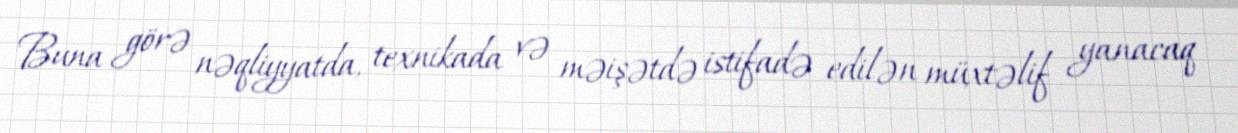
Buna görə nəqliyyatda, texnikada və məişətdə istifadə edilən müxtəlif yanacaq